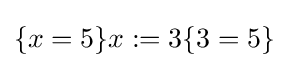
\{x=5\}x:=3\{3=5\}